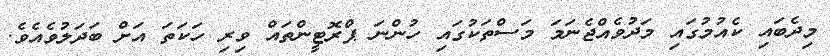
މިދެބައި ކެއުމުގައި މަދުވެއްޖެނަމަ މަސްތަކުގައި ހުންނަ ޕްރޮޓީންތައް ވިރި ހަކަތަ އަށް ބަދަލުވެއެވެ.